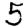
Digit: 5